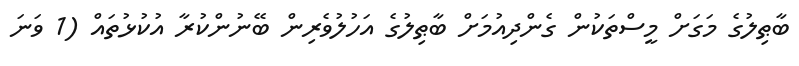
ބާޠިލުގެ މަގަށް މީސްތަކުން ގެންދިއުމަށް ބާޠިލުގެ އަހުލުވެރިން ބޭނުންކުރާ އުކުޅުތައް (1 ވަނަ